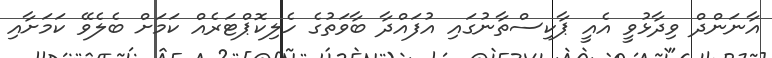
އާނަންދް ވިދާޅުވީ އެއީ ޕާކިސްތާނުގައި އުފައްދާ ބާވަތުގެ ހެލިކޮޕްޓަރެއް ކަމަށް ބެލެވޭ ކަމަށާއި